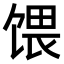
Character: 𫗭